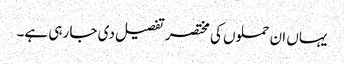
یہاں ان حملوں کی مختصر تفصیل دی جا رہی ہے۔